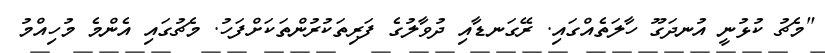
"މެޗު ކުޅުނީ އުނދަގޫ ހާލަތެއްގައި. ރޭގަނޑާއި ދުވާލުގެ ފަރިތަކުރުންތަކަށްފަހު. މެޗުގައި އެންމެ މުހިއްމު